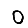
Digit: 0